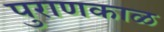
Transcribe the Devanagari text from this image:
पुराणकाळ